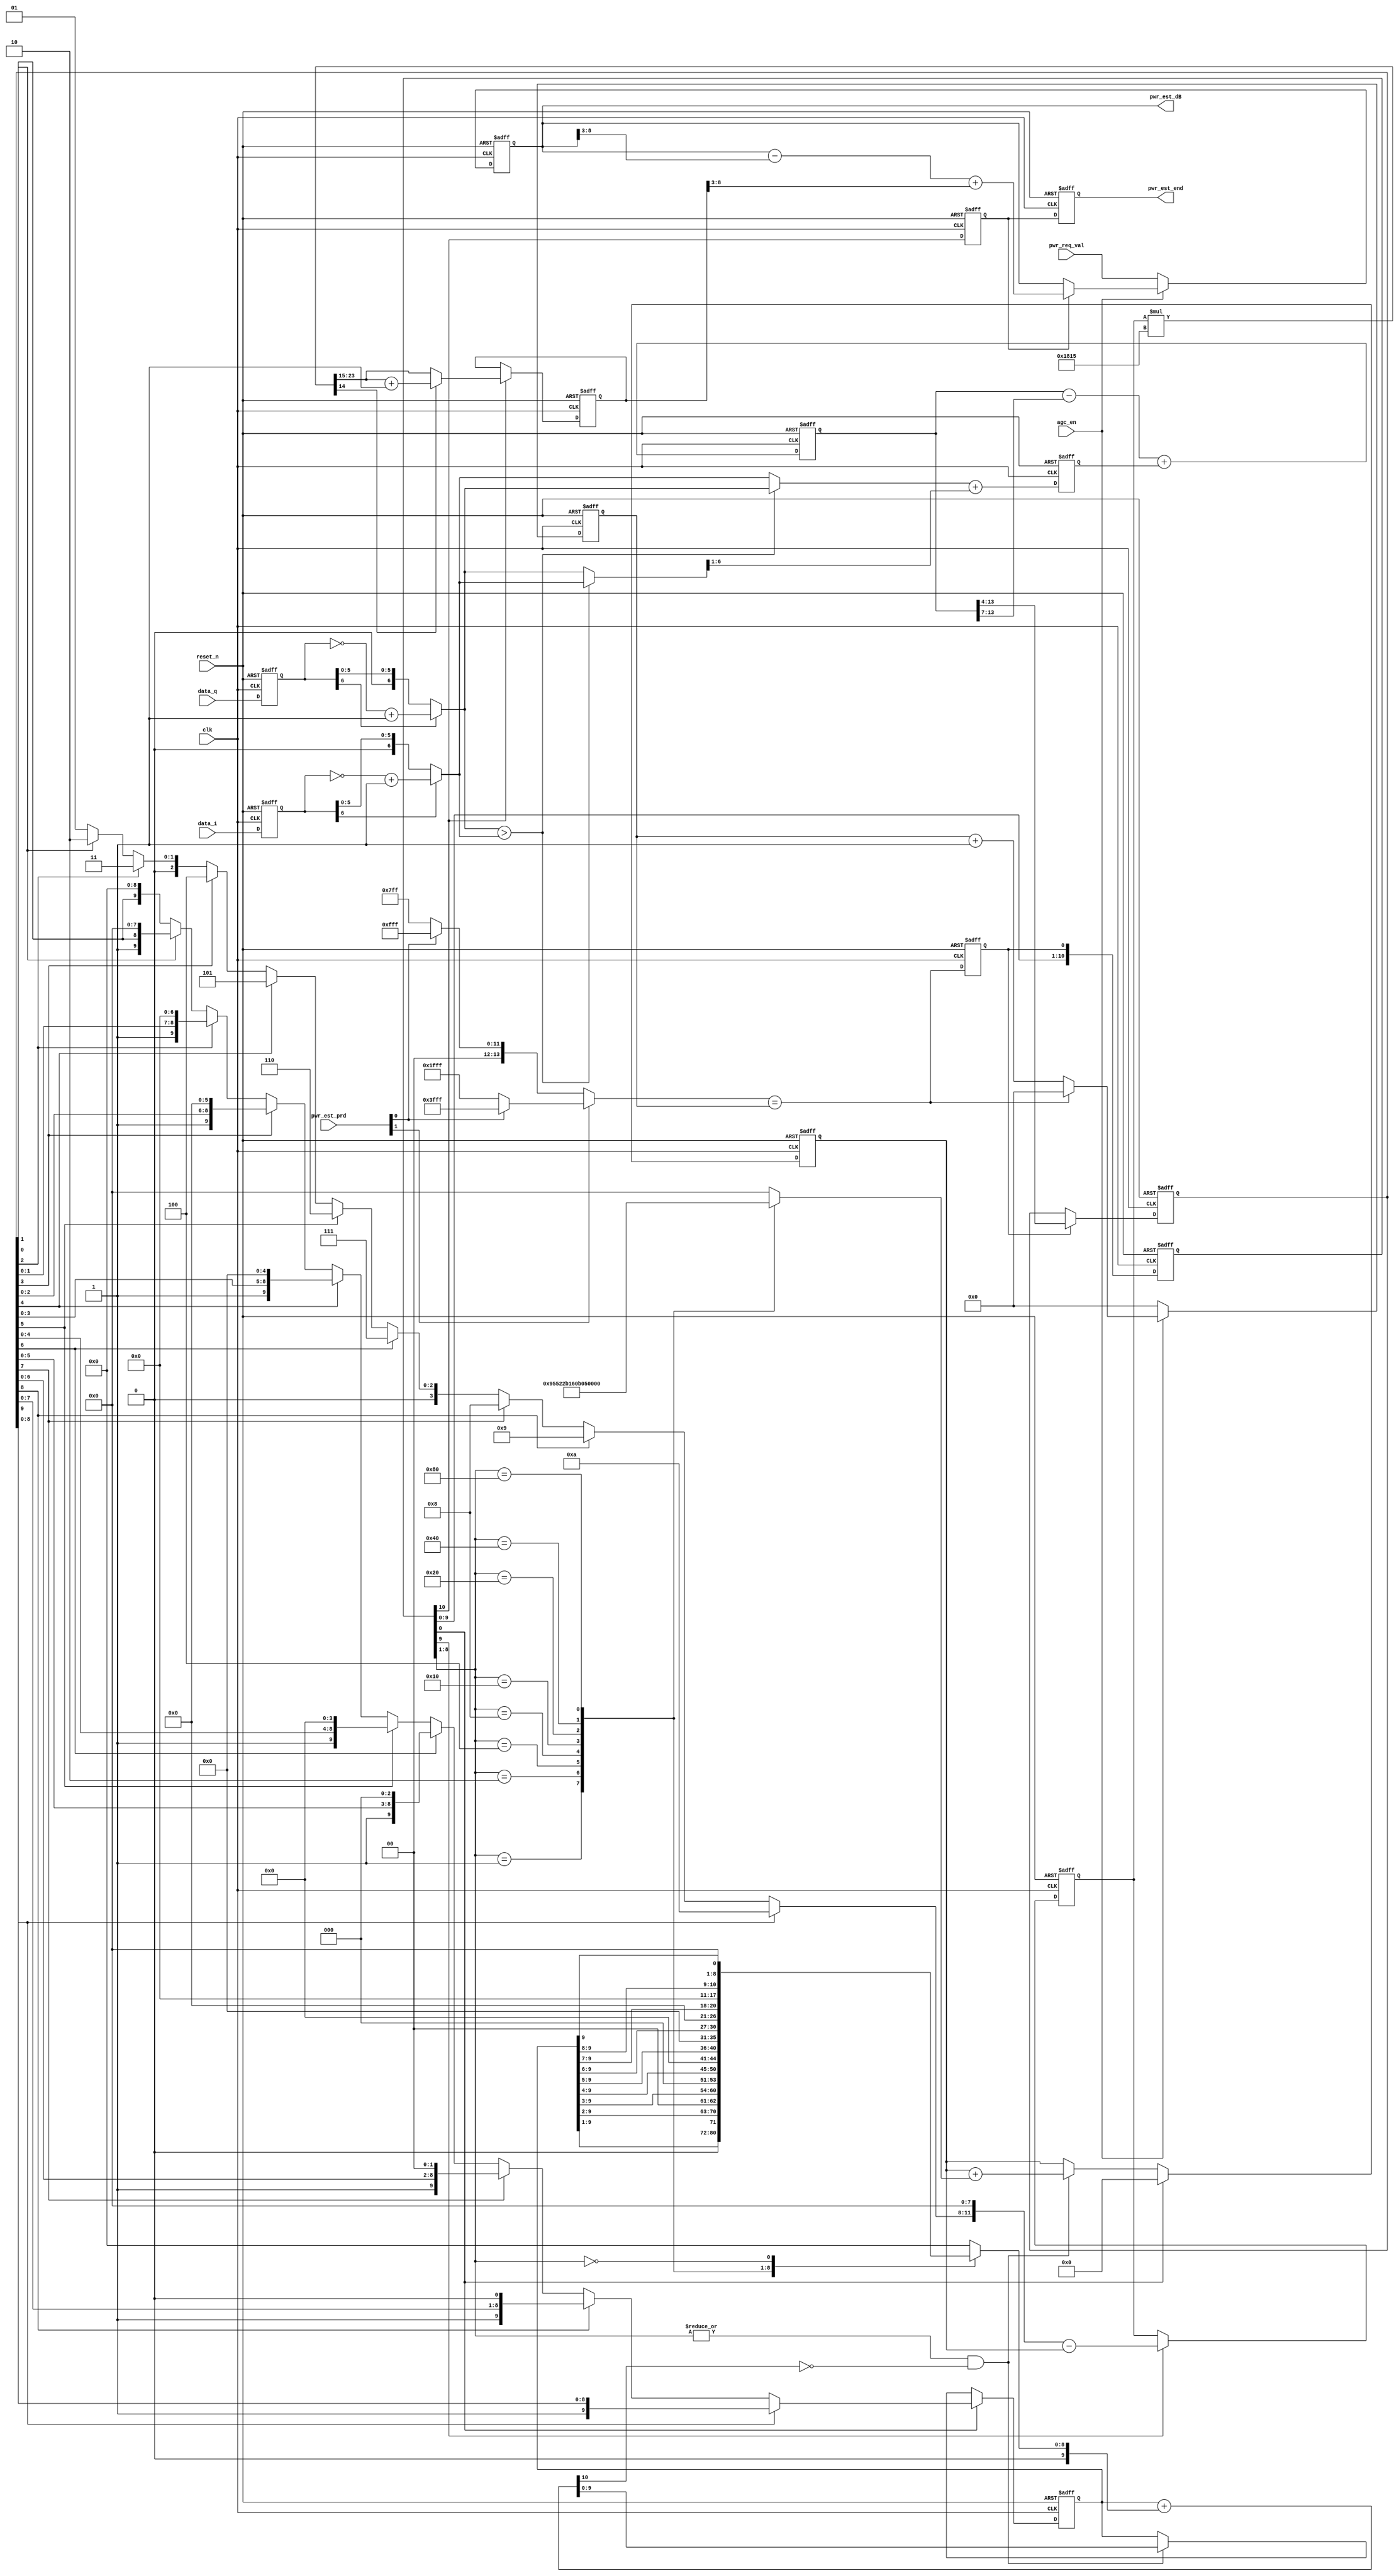
// CMMB AGC control
// Power Estimation
// Singal sample frequency is the same as CLK 30 MHz

module power_est(
    clk,
    reset_n,
    data_i,
    data_q,
    agc_en,
    pwr_est_prd,
    pwr_req_val,
    pwr_est_dB,
    pwr_est_end
);

input                clk        ;
input                reset_n    ;
input   [6:0]        data_i     ;
input   [6:0]        data_q     ;
input                agc_en     ;
input   [1:0]        pwr_est_prd;
input   [8:0]        pwr_req_val;

output  [8:0]        pwr_est_dB ;
output               pwr_est_end;

reg     [6:0]        data_i_r   ;
reg     [6:0]        data_q_r   ;
reg     [6:0]        energy_est ;
reg     [13:0]       lpd_energy ;
reg     [9:0]        log_ten_i  ;
reg     [7:0]        tab_dat    ;
reg     [9:0]        log_ten_nor;
reg     [3:0]        num_n      ;
reg     [9:0]        data_xn    ;
reg     [9:0]        shift_data_xn;
reg     [9:0]        data_y0    ;
reg     [11:0]       data_y_n   ;
reg     [8:0]        pwr_est_dB ;
reg                  pwr_est_end;
reg     [10:0]       log_start_d;
reg                  log_start  ;
reg    [13:0]        pwr_est_cnt;
reg                  est_end    ;
reg     [8:0]        est_dB     ;

wire    [9:0]        pwr_est_dB_w;
wire   [13:0]        pwr_est_time;
wire                 pwr_rst_cnt ;
wire    [6:0]        abs_i_data ;
wire    [6:0]        abs_q_data ;
wire                 max_iq_cmp ;
wire    [6:0]        max_iq     ;
wire    [6:0]        min_iq     ;
wire    [6:0]        energy_est_w ;
wire    [17:0]       lpd_energy_w ;
wire    [10:0]       data_x2    ;
wire                 shift_en   ;
wire    [23:0]       dbm        ;

// Combinational Logic definition
assign abs_i_data = (data_i_r[6]) ? (~data_i_r+1'b1) : data_i_r;
assign abs_q_data = (data_q_r[6]) ? (~data_q_r+1'b1) : data_q_r;
assign max_iq_cmp = abs_q_data > abs_i_data;
assign max_iq = max_iq_cmp ? abs_q_data : abs_i_data;
assign min_iq = max_iq_cmp ? abs_i_data : abs_q_data;
assign energy_est_w = max_iq + {1'b0, min_iq[6:1]};
assign lpd_energy_w = lpd_energy - { 3'h0, lpd_energy[13:7] } + { 7'h0, energy_est};
assign data_x2 = {1'b0,data_xn}+{1'b0,shift_data_xn};
assign shift_en = | log_start_d[8:1] ;
assign dbm = $unsigned(data_y_n) * $unsigned(13'h1815);
assign pwr_est_time = pwr_est_prd[1] ? (pwr_est_prd[0] ? 14'h3fff : 14'h1fff )
                                     : (pwr_est_prd[0] ? 14'hfff  : 14'h7ff  );
assign pwr_rst_cnt = ( pwr_est_time == pwr_est_cnt );
assign pwr_est_dB_w = pwr_est_dB - { 3'h0, pwr_est_dB[8:3] } + { 3'h0, est_dB[8:3] };


// Log start control
always @ (posedge clk or negedge reset_n)
begin : pwr_est_cnt_r
    if(!reset_n)
        pwr_est_cnt <= 14'h0;
    else if(agc_en) begin
        if(pwr_rst_cnt)
        pwr_est_cnt <= 14'h0;
        else
        pwr_est_cnt <= #1 pwr_est_cnt + 1'b1;
        end
    else
        pwr_est_cnt <= 14'h0;
end

always @ (posedge clk or negedge reset_n)
begin : log_start_r
    if(!reset_n)
         log_start <= #1 1'b0;
    else
         log_start <= #1 pwr_rst_cnt;
end

// synchornous input data
always @ (posedge clk or negedge reset_n)
begin : data_i_sync
    if(!reset_n)
        data_i_r <= #1 7'h0;
    else 
        data_i_r <= #1 data_i;
end

always @ (posedge clk or negedge reset_n)
begin : data_q_sync
    if(!reset_n)
        data_q_r <= #1 7'h0;
    else 
        data_q_r <= #1 data_q;
end

// Max(|I|,|Q|) + 0.5 * Min(|I|,|Q|)
always @ (posedge clk or negedge reset_n)
begin : energy_est_r
    if(!reset_n)
        energy_est <= #1 7'h0;
    else 
        energy_est <= #1 energy_est_w;
end

always @ (posedge clk or negedge reset_n)
begin : lpd_energy_r
    if(!reset_n)
        lpd_energy <= #1 14'h0;
    else 
	lpd_energy <= #1 lpd_energy_w[13:0];
end

// Record a lpd_energy when log_start is active
always @ (posedge clk or negedge reset_n)
begin : log_ten_i_r
    if(!reset_n)
        log_ten_i <= #1 10'h0;
    else if(log_start)
	log_ten_i <= #1 lpd_energy[13:4];
end

// Synchronus Signal Piple line indication
always @ (posedge clk or negedge reset_n)
begin : log_start_d1_r
    if(!reset_n)
        log_start_d <= #1 11'h0;
    else
	log_start_d <= #1 {log_start_d[9:0],log_start};
end

// Log ten cordic like algorithm
// Normalization
always @ (log_ten_i)
begin : log_ten_nor_r
    if(log_ten_i[9])begin
	log_ten_nor = log_ten_i;
	num_n = 4'ha;end
    else if(log_ten_i[8])begin
	log_ten_nor = {log_ten_i[8:0],1'b0};
	num_n = 4'h9;end
    else if(log_ten_i[7])begin
	log_ten_nor = {log_ten_i[7:0],2'b0};
        num_n = 4'h8;end
    else if(log_ten_i[6])begin
	log_ten_nor = {log_ten_i[6:0],3'b0};
	num_n = 4'h7;end
    else if(log_ten_i[5])begin
	log_ten_nor = {log_ten_i[5:0],4'b0};
	num_n = 4'h6;end
    else if(log_ten_i[4])begin
	log_ten_nor = {log_ten_i[4:0],5'b0};
	num_n = 4'h5;end
    else if(log_ten_i[3])begin
	log_ten_nor = {log_ten_i[3:0],6'b0};
	num_n = 4'h4;end
   else if(log_ten_i[2])begin
	log_ten_nor = {log_ten_i[2:0],7'b0};
	num_n = 4'h3;end
   else if(log_ten_i[1])begin
	log_ten_nor = {log_ten_i[1:0],8'b0};
	num_n = 4'h2;end
   else begin
	log_ten_nor = {log_ten_i[0],9'h0};
	num_n = 4'h1;end
end

// Shift add or substract
always @ (posedge clk or negedge reset_n)
begin : data_xn_r
    if(!reset_n)
        data_xn <= #1 10'h0;
    else if(log_start_d[0])
        data_xn <= #1 log_ten_nor;
    else if(shift_en & ~data_x2[10])
	data_xn <= #1 data_x2[9:0];
end

always @ (posedge clk or negedge reset_n)
begin : data_y0_r
    if(!reset_n)
        data_y0 <= #1 10'h0;
    else if(log_start_d[0])
	data_y0 <= #1 10'h0;
    else if(shift_en & ~data_x2[10])
	data_y0 <= #1 data_y0 + tab_dat;
end

// Shift select
always @ (data_xn or log_start_d[8:1])
begin : shift_xn
    case(log_start_d[8:1])
    8'b0000_0001: shift_data_xn = {1'b0, data_xn[9:1]};
    8'b0000_0010: shift_data_xn = {2'b0, data_xn[9:2]};
    8'b0000_0100: shift_data_xn = {3'b0, data_xn[9:3]};
    8'b0000_1000: shift_data_xn = {4'b0, data_xn[9:4]};
    8'b0001_0000: shift_data_xn = {5'b0, data_xn[9:5]};
    8'b0010_0000: shift_data_xn = {6'b0, data_xn[9:6]};
    8'b0100_0000: shift_data_xn = {7'b0, data_xn[9:7]};
    8'b1000_0000: shift_data_xn = {8'b0, data_xn[9:8]};
    8'b0000_0000: shift_data_xn = {9'b0, data_xn[9]};
    default     : shift_data_xn = 10'h0;
    endcase
end

// Log table
always @ (log_start_d[8:1])
begin : log_table
    case (log_start_d[8:1])	
    8'b0000_0001:  tab_dat = 8'h95;
    8'b0000_0010:  tab_dat = 8'h52;
    8'b0000_0100:  tab_dat = 8'h2B;
    8'b0000_1000:  tab_dat = 8'h16;
    8'b0001_0000:  tab_dat = 8'h0B;
    8'b0010_0000:  tab_dat = 8'h05;
    8'b0100_0000:  tab_dat = 8'h02;
    8'b1000_0000:  tab_dat = 8'h01;
    default: tab_dat = 8'h0;
    endcase
end

always @ (posedge clk or negedge reset_n)
begin : data_y_n_r
    if(!reset_n)
        data_y_n <= #1 12'h0;
    else if(log_start_d[9])
	data_y_n <= #1 {num_n,8'h0}-{2'h0, data_y0};
end

// Indicate a new Pwr_est_val
always @ (posedge clk or negedge reset_n)
begin : est_end_r
    if(!reset_n)
        est_end <= #1 1'b0;
    else
	est_end <= #1 log_start_d[10];
end

always @ (posedge clk or negedge reset_n)
begin : pwr_est_end_r
    if(!reset_n)
        pwr_est_end <= #1 1'b0;
    else
	pwr_est_end <= #1 est_end;
end

// Power Estimation Result Unit : dB
always @ (posedge clk or negedge reset_n)
begin : est_db_r
    if(!reset_n)
        est_dB <= #1 9'h0;
    else if(log_start_d[10]) 
        est_dB <= #1 dbm[14] ? (dbm[23:15]+1'b1) : dbm[23:15];
end

always @ (posedge clk or negedge reset_n)
begin : pwr_est_db_r
    if(!reset_n)
        pwr_est_dB <= #1 9'h0;
    else if(~agc_en)
        pwr_est_dB <= #1 pwr_req_val;
    else if(est_end) 
        pwr_est_dB <= #1 pwr_est_dB_w;
end

endmodule